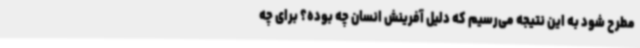
مطرح شود به این نتیجه می‌رسیم که دلیل آفرینش انسان چه بوده؟ برای چه